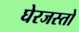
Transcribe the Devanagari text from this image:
घेरजस्तो